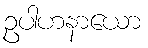
ဥပါဟနာယော